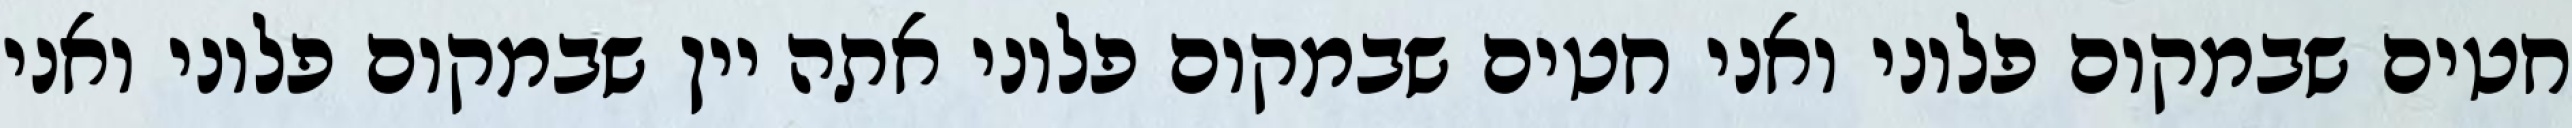
חטים שבמקום פלוני ואני חטים שבמקום פלוני אתה יין שבמקום פלוני ואני